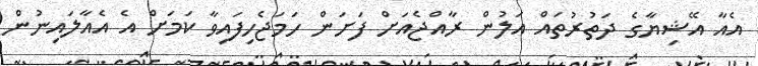
އެއާ އޭޝިޔާގެ ދަތުރުތައް އަލުން ރާއްޖެއަށް ފަށަން ހަމަޖެހިފައިވާ ކަމަށް އެ އެއާލައިނުން